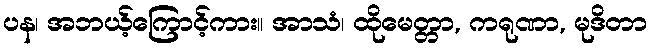
ပန၊ အဘယ့်ကြောင့်ကား။ အာသံ၊ ထိုမေတ္တာ, ကရုဏာ, မုဒိတာ